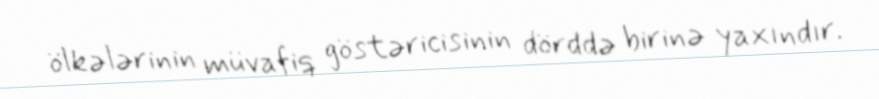
ölkələrinin müvafiq göstəricisinin dörddə birinə yaxındır.